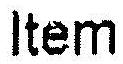
ITEM